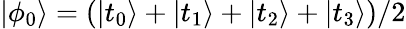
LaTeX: |\phi_{0}\rangle=(|t_{0}\rangle+|t_{1}\rangle+|t_{2}\rangle+|t_{3}\rangle)/2